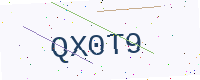
Text: QX0T9